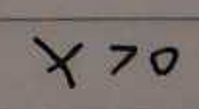
$x>0$